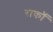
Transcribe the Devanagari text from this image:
राकॉ